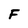
Character: F